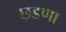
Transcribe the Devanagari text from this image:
छडणा